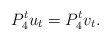
\begin{align*}P_4^tu_t = P_4^tv_t .\end{align*}